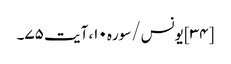
[۳۴] یونس/سوره۱۰، آیت ۷۵۔